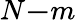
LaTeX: N\le-m